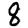
Digit: 8